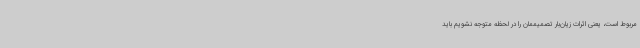
مربوط است، یعنی اثرات زیان‌بار تصمیممان را در لحظه متوجه نشویم باید